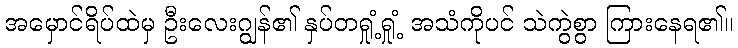
အမှောင်ရိပ်ထဲမှ ဦးလေးဂျွန်၏ နှပ်တရှုံ့ရှုံ့ အသံကိုပင် သဲကွဲစွာ ကြားနေရ၏။